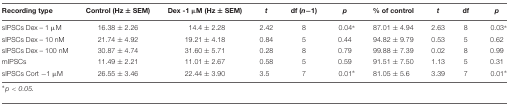
| Recording type | Control (Hz ± SEM) | Dex -1 μM (Hz ± SEM) | t | df (n-1) | p | % of control | t | df | p |
 | --- | --- | --- | --- | --- | --- | --- | --- | --- | --- |
 | sIPSCs Dex – 1 μM | 16.38 ± 2.26 | 14.4 ± 2.28 | 2.42 | 8 | 0.04∗ | 87.01 ± 4.94 | 2.63 | 8 | 0.03∗ |
 | sIPSCs Dex – 10 nM | 21.74 ± 4.92 | 19.21 ± 4.18 | 0.84 | 5 | 0.44 | 94.82 ± 9.79 | 0.53 | 5 | 0.62 |
 | sIPSCs Dex – 100 nM | 30.87 ± 4.74 | 31.60 ± 5.71 | 0.28 | 8 | 0.79 | 99.88 ± 7.39 | 0.02 | 8 | 0.99 |
 | mIPSCs | 11.49 ± 2.21 | 11.01 ± 2.67 | 0.58 | 5 | 0.59 | 91.51 ± 7.50 | 1.13 | 5 | 0.31 |
 | sIPSCs Cort -1 μM | 26.55 ± 3.46 | 22.44 ± 3.90 | 3.5 | 7 | 0.01∗ | 81.05 ± 5.6 | 3.39 | 7 | 0.01∗ |